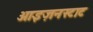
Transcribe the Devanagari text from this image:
आइज़नस्टाट